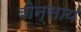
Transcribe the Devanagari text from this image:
बोन्साय